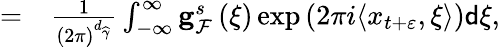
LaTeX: \begin{array}{rl}{=}&{{}\frac{1}{\left(2\pi\right)^{d_{\widehat{\gamma}}}}\int_{-\infty}^{\infty}\mathbf{g}_{\mathcal{F}}^{s}\left(\xi\right)\exp\left(2\pi i\langle x_{t+\varepsilon},\xi\rangle\right)\mathsf{d}\xi,}\end{array}